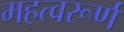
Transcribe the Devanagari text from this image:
महत्वरूर्ण